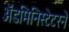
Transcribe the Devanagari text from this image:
ॲडमिनिस्टेटरने